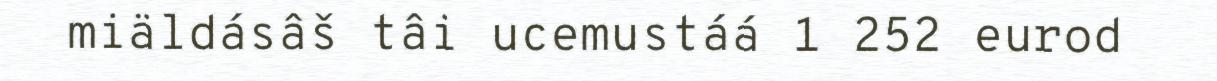
miäldásâš tâi ucemustáá 1 252 eurod